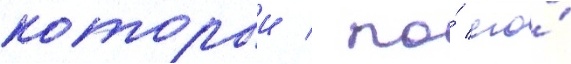
которыи / по́ его́